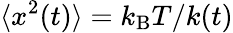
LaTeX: \langle x^{2}(t)\rangle=k_{\mathrm{B}}T/k(t)